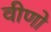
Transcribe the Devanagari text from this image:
वीणो